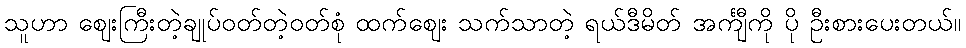
သူဟာ ဈေးကြီးတဲ့ချုပ်ဝတ်တဲ့ဝတ်စုံ ထက်ဈေး သက်သာတဲ့ ရယ်ဒီမိတ် အင်္ကျီကို ပို ဦးစားပေးတယ်။